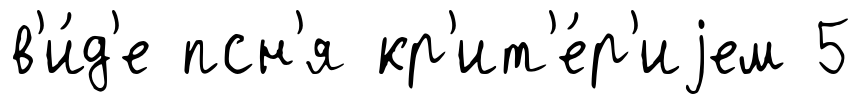
в'и́д'е псн'я кр'ит'е́р'иjем 5